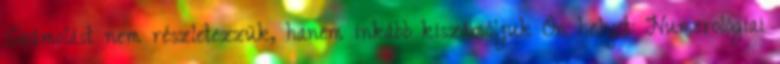
Számolást nem részletezzük, hanem inkább kiszámóljuk Ön helyet: Numerológiai